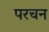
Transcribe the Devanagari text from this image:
परचन